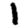
Digit: 1